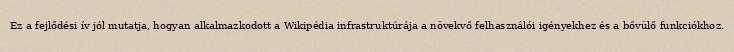
Ez a fejlődési ív jól mutatja, hogyan alkalmazkodott a Wikipédia infrastruktúrája a növekvő felhasználói igényekhez és a bővülő funkciókhoz.